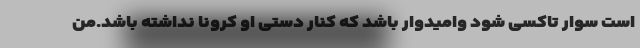
است سوار تاکسی شود وامیدوار باشد که کنار دستی او کرونا نداشته باشد.من